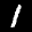
Label: 1